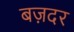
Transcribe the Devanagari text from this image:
बज़दर